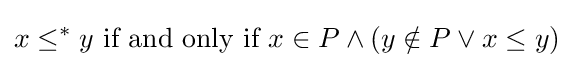
x\leq ^{*}y{\text{ if and only if }}x\in P\land (y\notin P\lor x\leq y)